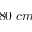
8 0 \; c m